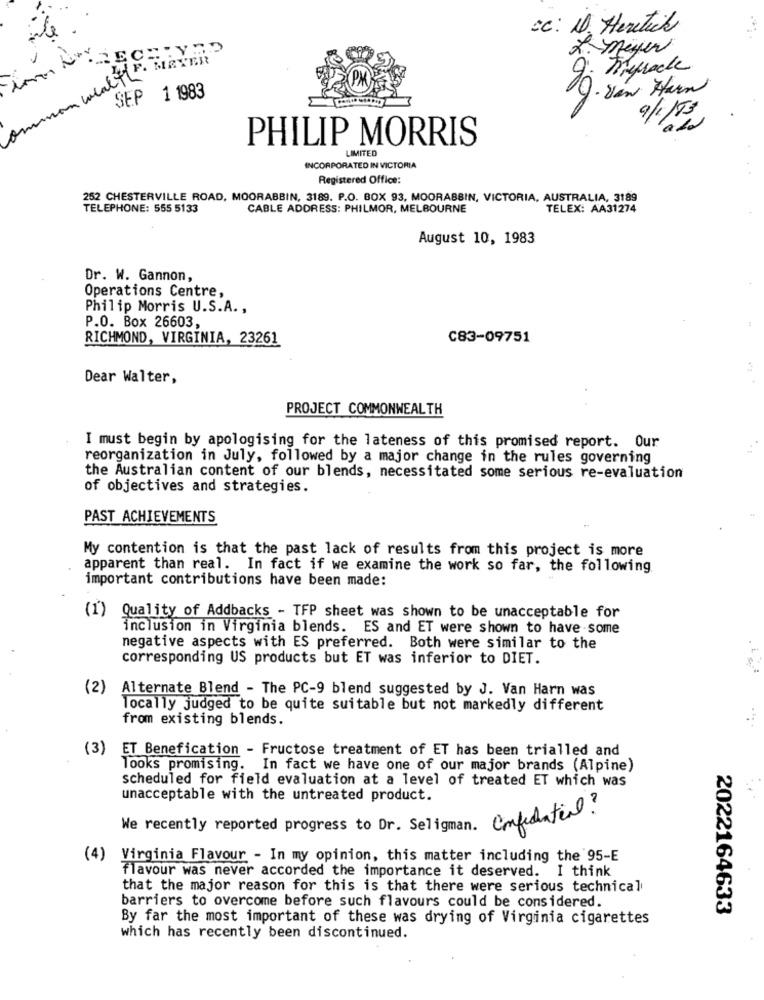
cc: D. Hertick
le
2. meyer
weall". MAYER
O Timefrack
J. Sam Hain
SEP 1 1983
9/1/55
PHILIP MORRIS
LIMITED
INCORPORATED IN VICTORIA
Registered Office:
252 CHESTERVILLE ROAD, MOORABBIN, 3189. P.O. BOX 93, MOORABBIN, VICTORIA, AUSTRALIA, 3189
TELEPHONE: 555 5133
CABLE ADDRESS: PHILMOR, MELBOURNE
TELEX: AA31274
August 10, 1983
Dr. W. Gannon,
Operations Centre,
Philip Morris U.S.A .,
P.O. Box 26603,
RICHMOND, VIRGINIA, 23261
C83-09751
Dear Walter,
PROJECT COMMONWEALTH
I must begin by apologising for the lateness of this promised report. Our
reorganization in July, followed by a major change in the rules governing
the Australian content of our blends, necessitated some serious re-evaluation
of objectives and strategies.
PAST ACHIEVEMENTS
My contention is that the past lack of results from this project is more
apparent than real. In fact if we examine the work so far, the following
important contributions have been made:
(1) Quality of Addbacks - TFP sheet was shown to be unacceptable for
inclusion in Virginia blends. ES and ET were shown to have some
negative aspects with ES preferred. Both were similar to the
corresponding US products but ET was inferior to DIET.
(2) Alternate Blend - The PC-9 blend suggested by J. Van Harn was
locally judged to be quite suitable but not markedly different
from existing blends.
(3) ET Benefication - Fructose treatment of ET has been trialled and
Tooks promising. In fact we have one of our major brands (Alpine)
scheduled for field evaluation at a level of treated ET which was
unacceptable with the untreated product.
We recently reported progress to Dr. Seligman. Confidential?
(4) Virginia Flavour - In my opinion, this matter including the 95-E
flavour was never accorded the importance it deserved. I think
that the major reason for this is that there were serious technical
barriers to overcome before such flavours could be considered.
2022164633
By far the most important of these was drying of Virginia cigarettes
which has recently been discontinued.